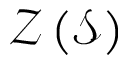
{ \mathcal { Z } } \left( { \mathcal { S } } \right)